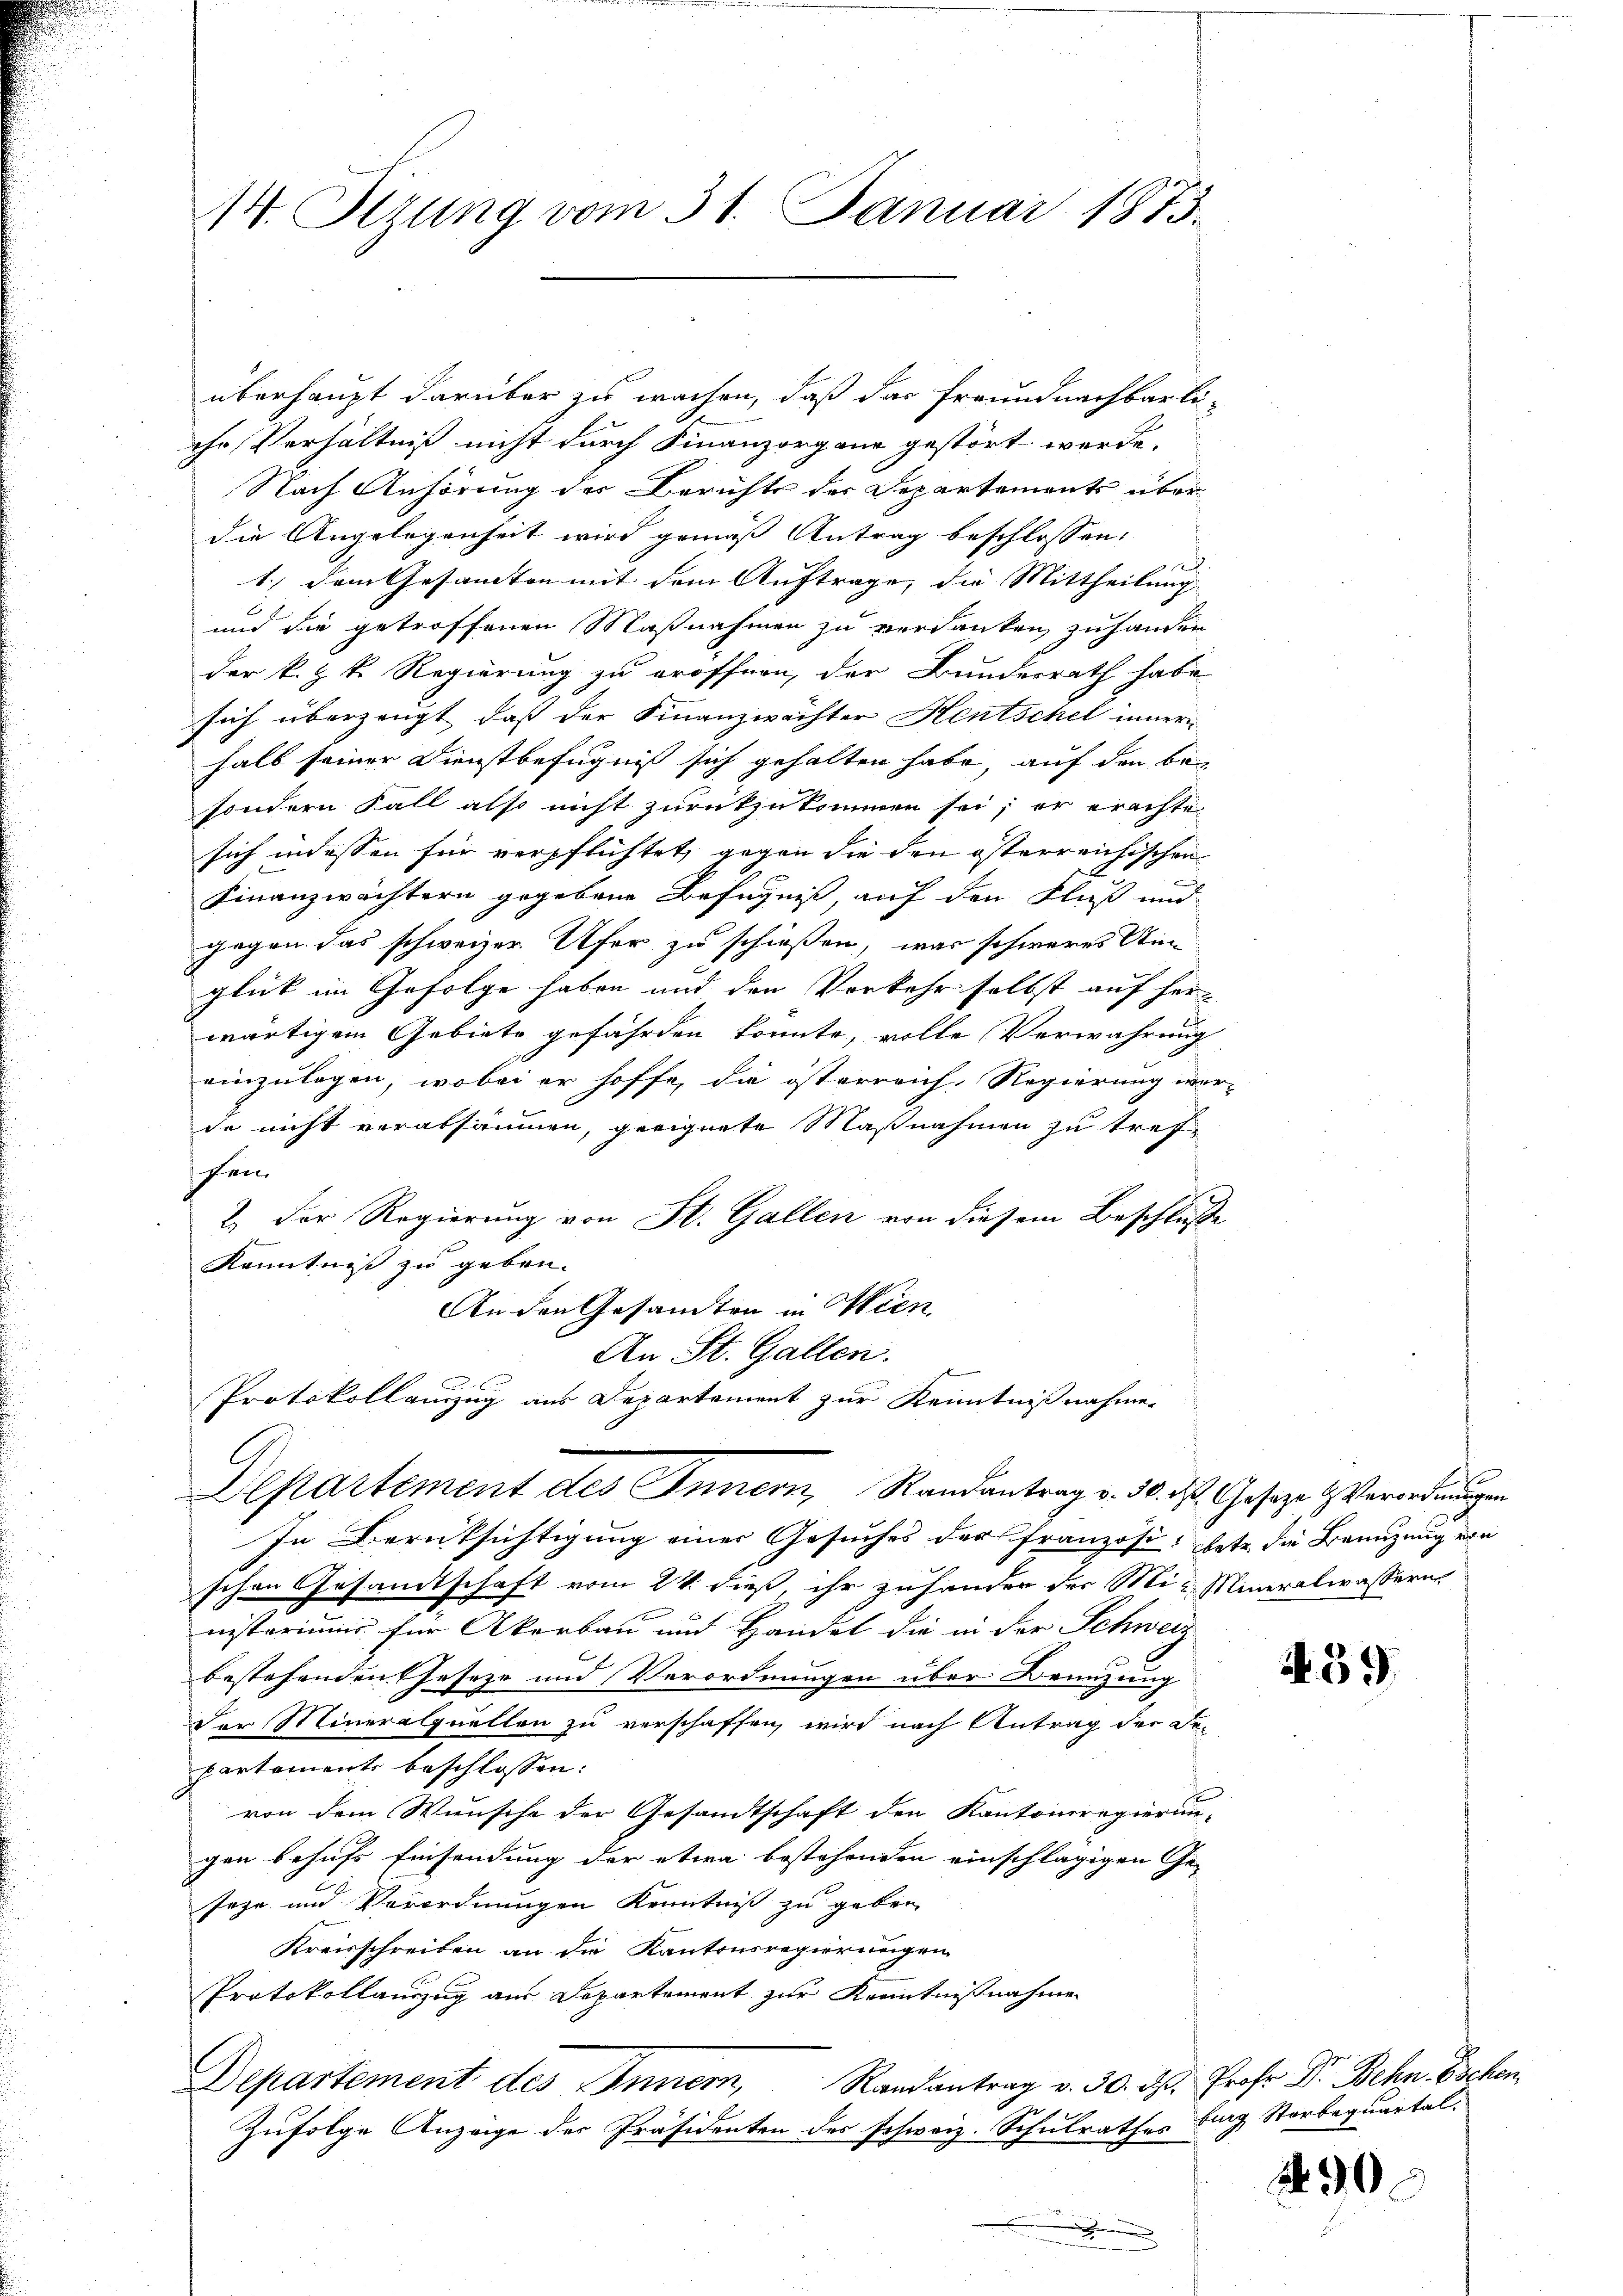
überhaupt darüber zu wachen, daß das Freundnachbarli-
che Verhältniß nicht durch Finanzorgane gestört werde.
Nach Anhörung der Berichts der Departements über
die Angelegenheit wird gemäß Antrag beschlossen:

1.) Dem Gesamten mit dem Auftrage, die Mittheilung
und die getroffenen Maßnahmen zu verdanken zu handen
der k. k. k. Regierung zu eröffnen, der Bundesrath habe
sich überzeugt, daß der Finanzwächter Hentschel inner
halb seiner Dienstbefugnis sich gehalten habe, auf den be
sondern Fall also nicht zurückzukommen sei; er erachte
sich indessen für verpflichtet, gegen die den österreichischen
Finanzwächtern gegebene Befugniß, auf den Fluß und
gegen das schweizer Ufer zu schießen, was schweres Ann
glück im Gefolge haben und den Verkehr selbst auf her-
wärtigem Gebiete gefährden konnte, volle Verwahrung
einzulagen, wobei er hoffe, die österreich, Regierung wer
de nicht verabsäumen, geeignete Maßnahmen zu trefsei
2. Der Regierung von St. Gallen von diesem Beschluße
Kenntniß zu geben.
An den Gesamten in Wien
An St. Gallen.
n
Protokollauszug aus Departement zur Kenntnißnahme
Departement des Innern, Randantrag v. 30. ds. Geseze & Verordnungen
In Berücksichtigung einer Gesuches der Französi- hete die Benutzung ein
schen Gesandtschaft vom 24. dieß, ihr zuhander der Mir Mineralwassern.
nisteriums für Akorbau und Handel die in der Schweiz
bestehenden Geseze und Verordnungen über Brünzung
Der Mineralquellen zu verschaffen, wird nach Antrag der De-
partement beschlossen:
von dem Wunsche der Gesandtschaft den Kantonsregierun-
gen behufs Einsendung der etwa bestehenden einschlägigen Ge-
sehr und Verordnungen Kenntniß zu geben
Kreisschreiben an die Kantonsregierungen
Protokollauszug aus Departement zur Kenntnißnahmen
Departement des Innern, Randantrag v. 30. d. Prof. Dr. Behn-Eschen
Zufolge Anzeige des Präsidenten des schweiz. Schulrathes burg Storbenquartale

14. Sitzung vom 31. Januar 1873.

N.39

290